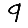
Digit: 9